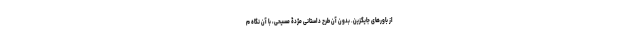
از باورهای جایگزین. بدون آن طرح داستانیِ مژدۀ مسیحی، با آن نگاه م